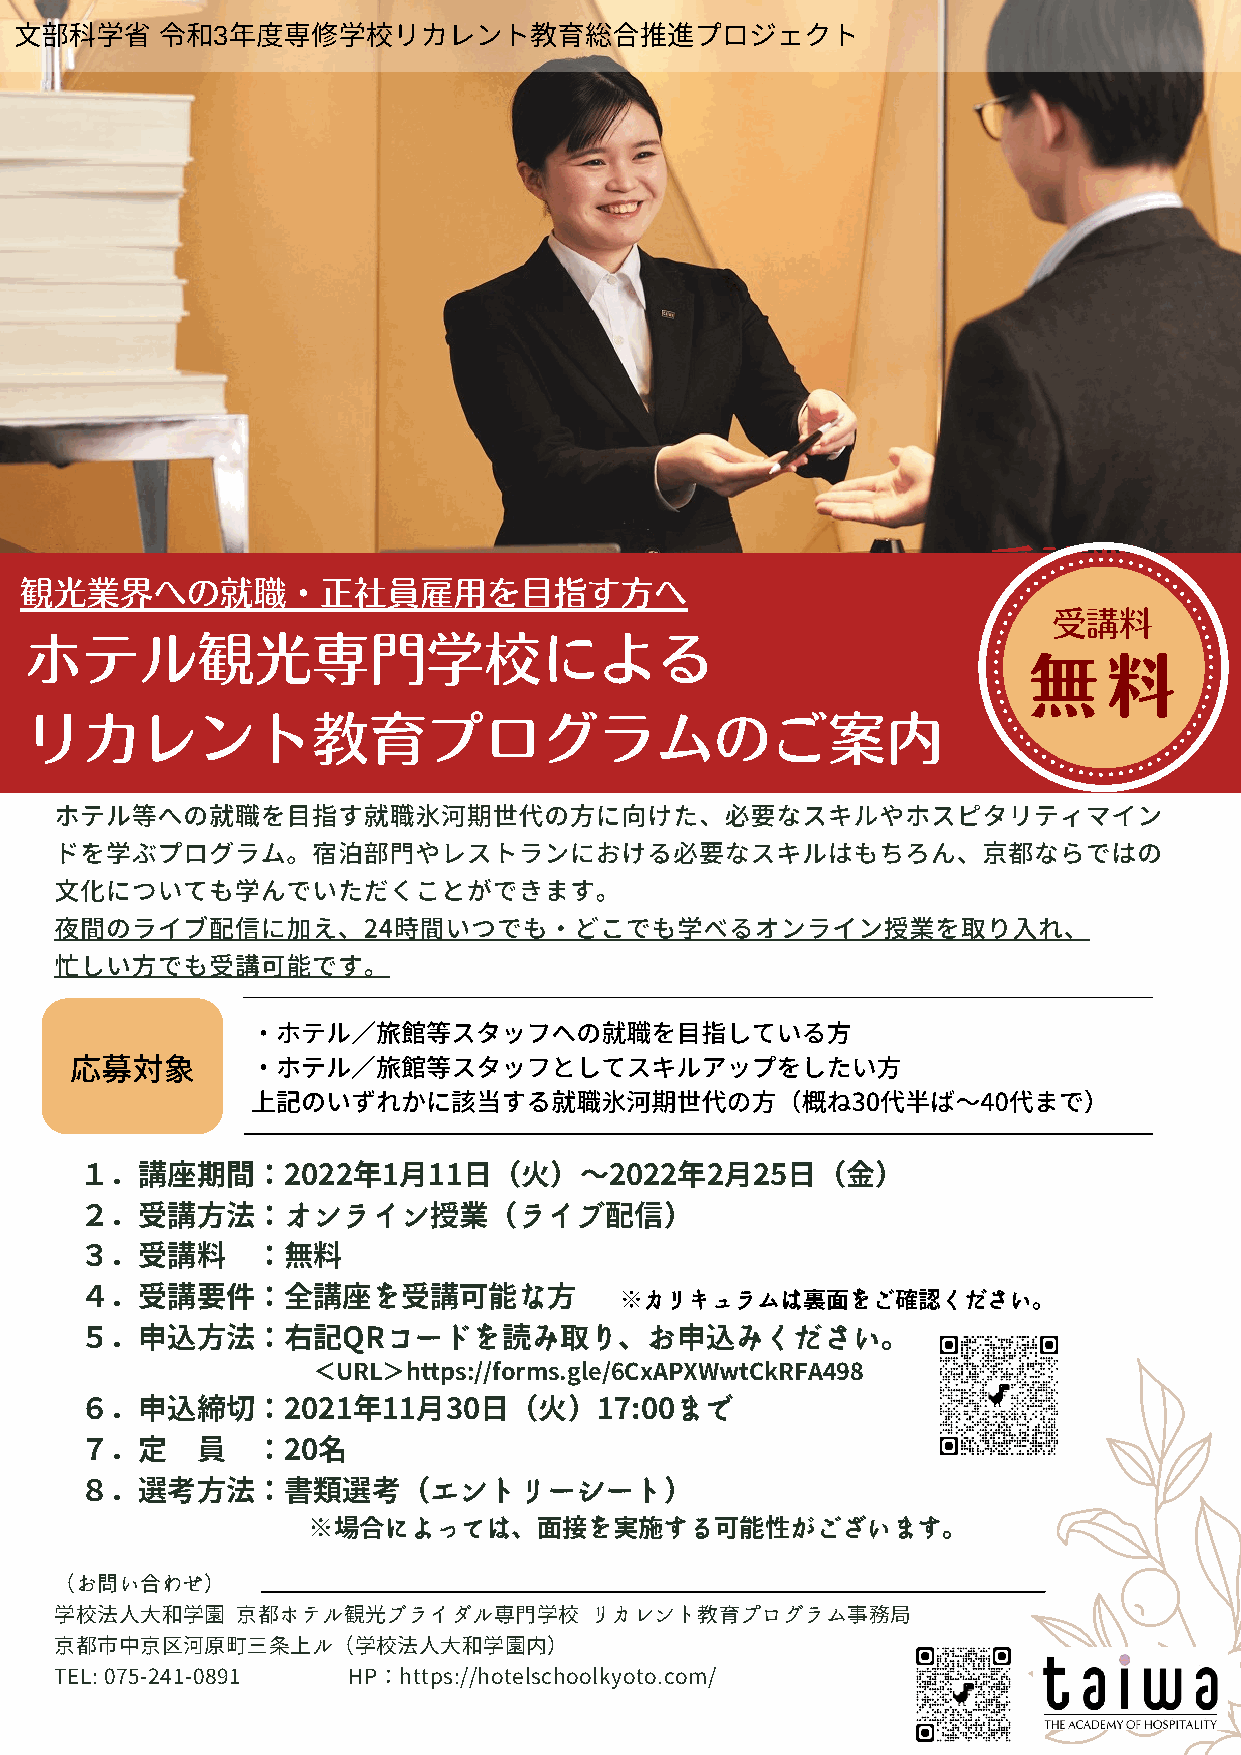
科省     令和3年度専リカレントプロジェクト
 受講料
 観光業界への就職・正社員雇⽤を⽬指す⽅へ
 受講料
 ホテル観光専⾨学                     校による
 無料
 リカレント教育プログラムのご案内
 ホテル等への就職を⽬指す就職氷河期世代の⽅に向けた、必要なスキルやホスピタリティマイン
 ドを学ぶプログラム。宿泊部⾨やレストランにおける必要なスキルはもちろん、京都ならではの
 ⽂化についても学んでいただくことができます。
 夜間のライブ配信に加え、24時間いつでも・どこでも学べるオンライン授業を取り⼊れ、
 忙しい⽅でも受講可能です。
 ・ホテル∕旅館等スタッフへの就職を⽬指している⽅
 応募対象        ・ホテル∕旅館等スタッフとしてスキルアップをしたい⽅
 上記のいずれかに該当する就職氷河期世代の⽅（概ね30代半ば〜40代まで）
 １．講座期間：2022年1月11日（火）～2022年2月25日（金）
 ２．受講方法：オンライン授業（ライブ配信）
 ３．受講料       ：無料
 ４．受講要件：全講座を受講可能な方                   ※カリキュラムは裏面をご確認ください。
 ５．申込方法：右記QRコードを読み取り、お申込みください。
 ＜URL＞https://forms.gle/6CxAPXWwtCkRFA498
 ６．申込締切：2021年11月30日（火）17:00まで
 ７．定     員   ：20名
 ８．選考方法：書類選考（エントリーシート）
 ※場合によっては、面接を実施する可能性がございます。
 （お問い合わせ）
 学校法人大和学園    京都ホテル観光ブライダル専門学校       リカレント教育プログラム事務局
 京都市中京区河原町三条上ル（学校法人大和学園内）
 TEL: 075-241-0891  HP：https://hotelschoolkyoto.com/